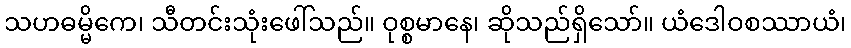
သဟဓမ္မိကေ၊ သီတင်းသုံးဖေါ်သည်။ ဝုစ္စမာနေ၊ ဆိုသည်ရှိသော်။ ယံဒေါဝစဿာယံ၊